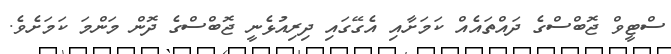
ސްޓީވް ޖޮބްސްގެ ދައްތައެއް ކަމަށާއި އެގޭގައި ދިރިއުޅެނީ ޖޮބްސްގެ ދޮން މަންމަ ކަމަށެވެ.